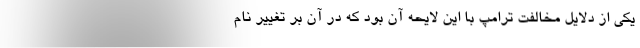
یکی از دلایل مخالفت ترامپ با این لایحه آن بود که در آن بر تغییر نام